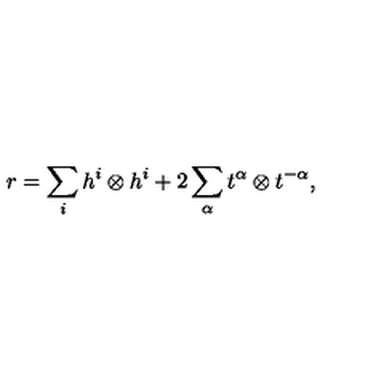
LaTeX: r = \sum _ { i } h ^ { i } \otimes h ^ { i } + 2 \sum _ { \alpha } t ^ { \alpha } \otimes t ^ { - \alpha } ,